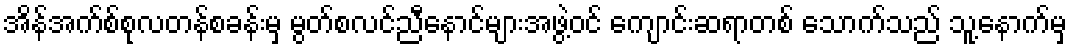
အိန်အက်စ်စုလတန်စခန်းမှ မွတ်စလင်ညီနောင်များအဖွဲ့ဝင် ကျောင်းဆရာတစ် သောက်သည် သူ့နောက်မှ